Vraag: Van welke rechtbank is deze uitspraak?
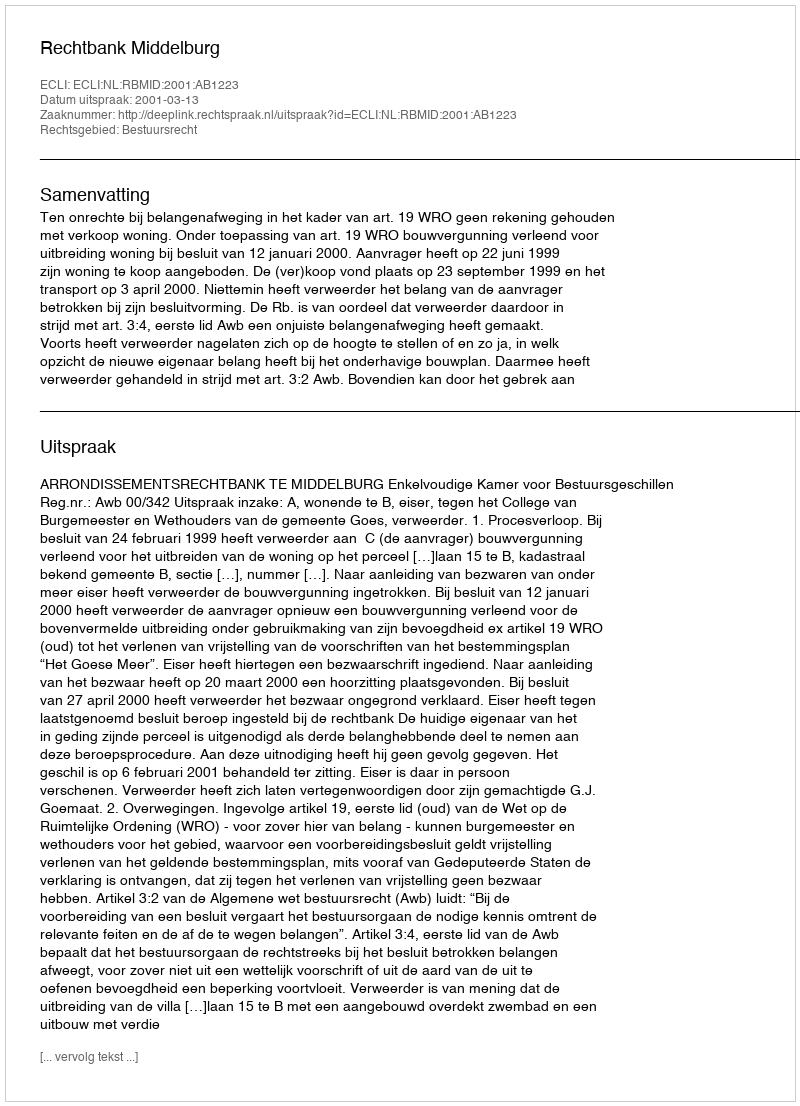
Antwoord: Rechtbank Middelburg